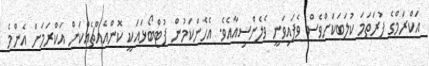
އަކްރަމްގެ ފުރަތަމަ ކުލަބަކަށްވެސް ވެފައިވަނީ ވެލެންސިއާއެވެ. އެހެންކަމުން ފުޓްބޯޅައަކީ ކޮންއެއްޗެއްކަން އަކްރަމަށް އެންމެ